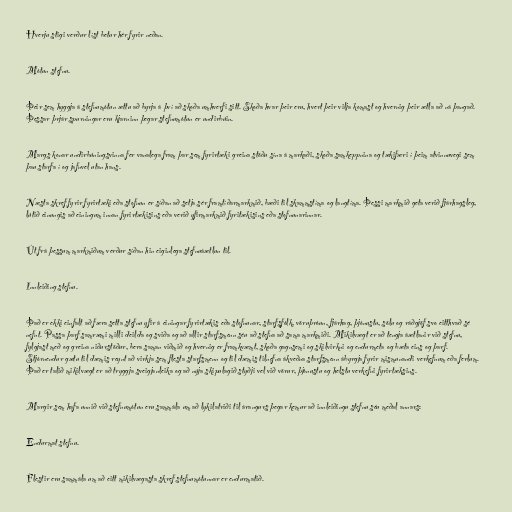
Hverju stigi verður líst betur hér fyrir neðan.

Mótun stefnu.

Þeir sem hyggja á stefnumótun ættu að byrja á því að skoða umhverfi sitt. Skoða hvar þeir eru, hvert þeir vilja komast og hvernig þeir ætla að ná þangað.
Þessar þrjár spurningar eru kjarninn þegar stefnumótun er undirbúin.

Margs konar undirbúningsvinna fer vanalega fram þar sem fyrirtæki greina stöðu sína á markaði, skoða samkeppnina og tækifæri í þeim atvinnuvegi sem
þau starfa í og jafnvel utan hans.

Næsta skref fyrir fyrirtæki eða stofnun er síðan að setja sér framtíðarmarkmið, bæði til skammstíma og langtíma. Þessi markmið geta verið fjárhagsleg,
lútið einungis að einingum innan fyrirtækisins eða verið yfirmarkmið fyritækisins eða stofnunarinnar.

Út frá þessum markmiðum verður síðan hin eiginlega stefnuáætlun til.

Innleiðing stefnu.

Það er ekki einfalt að færa setta stefnu yfir á einingar fyrirtækis eða stofnunar, starfsfólk, vöruþróun, fjárhag, þjónustu, sölu og ráðgjöf svo eitthvað sé
nefnt. Passa þarf samræmi milli deilda og sviða og að allir starfsmenn séu að stefna að sama markmiði. Mikilvægt er að tengja áætlanir við stefnu,
fylgjast með og greina niðurstöður, bera saman viðmið og hvernig er framkvæmt, skoða gagnsemi og skilvirkni og endurmeta og bæta eins og þarf.
Stjórnendur gætu til dæmis reynt að virkja sem flesta starfsmenn og til dæmis tilnefna ákveðna starfsmenn ábyrgja fyrir mismunandi verkefnum eða ferlum.
Það er talið mikilvægt er að tryggja sveigjanleika og að nýja skipulagið styðji vel við vörur, þjónustu og helstu verkefni fyrirtæksins.

Margir sem hafa unnið við stefnumótun eru sammála um að lykilatriði til árangurs þegar kemur að innleiðingu stefnu séu meðal annars:

Endurmat stefnu.

Flestir eru sammála um að eitt mikilvægasta skref stefnumótunnar er endurmatið.